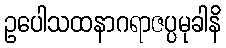
ဥပေါသထနာဂရာဇပ္ပမုခါနိ